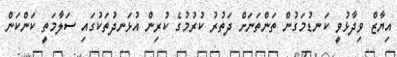
އިޔާޒް ވިދާޅުވީ ކަނޑުމަގުން ތަންތަނަށް ދަތުރު ކުރުމުގެ ކުރިން އުޅަނދުތަކުގައި ސަލާމަތީ ކަންކަން